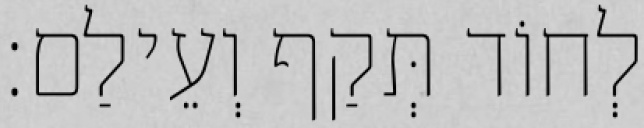
לְחוֹד תְּקַף וְעֵילַם׃